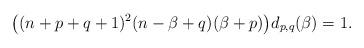
LaTeX: \begin{align*}\big((n+p+q+1)^2(n-\beta+q)(\beta+p)\big)d_{p,q}(\beta)=1.\\\end{align*}